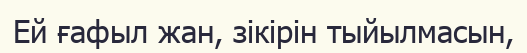
Ей ғафыл жан, зікірін тыйылмасын,